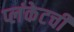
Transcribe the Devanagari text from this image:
प्लंकेटची